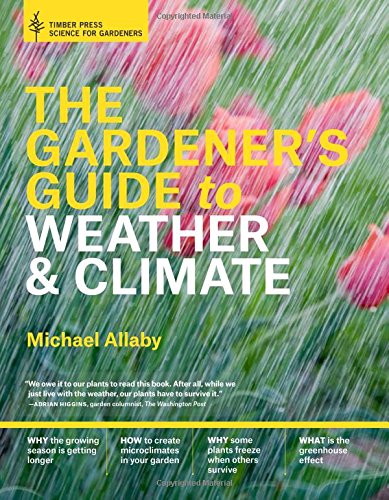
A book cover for The Gardener's Guide to Weather and Climate: How to Understand the Weather and Make It Work for You; Michael Allaby; Crafts, Hobbies & Home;